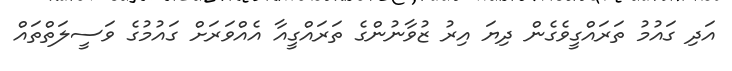
އަދި ގައުމު ތަރައްގީވެގެން ދިޔަ އިރު ޒުވާނުންގެ ތަރައްގީއާ އެއްވަރަށް ގައުމުގެ ވަސީލަތްތައް